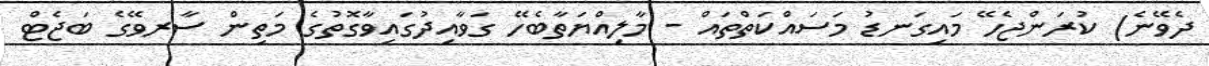
ދެވޭނެ) ކުރަންޖެހޭ މައިގަނޑު މަސައްކަތްތައް - މާލިއްޔަތާބެހޭ ގަވާއިދުގައިވާގޮތުގެ މަތިން ސާރވޭގެ ބަޖެޓް